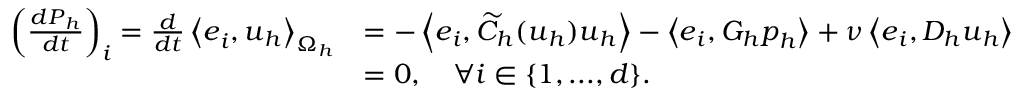
\begin{array} { r l } { \left( \frac { d \boldsymbol { P } _ { h } } { d t } \right) _ { i } = \frac { d } { d t } \left< \boldsymbol { e } _ { i } , \boldsymbol { u } _ { h } \right> _ { \Omega _ { h } } } & { = - \left< \boldsymbol { e } _ { i } , \widetilde { C } _ { h } ( \boldsymbol { u } _ { h } ) \boldsymbol { u } _ { h } \right> - \left< \boldsymbol { e } _ { i } , G _ { h } \boldsymbol { p } _ { h } \right> + \nu \left< \boldsymbol { e } _ { i } , D _ { h } \boldsymbol { u } _ { h } \right> } \\ & { = 0 , \quad \forall i \in \{ 1 , . . . , d \} . } \end{array}